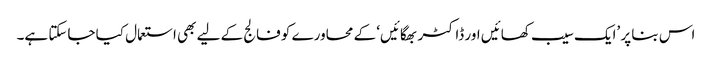
اس بنا پر ’ایک سیب کھائیں اور ڈاکٹر بھگائیں‘ کے محاورے کو فالج کے لیے بھی استعمال کیا جاسکتا ہے۔